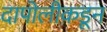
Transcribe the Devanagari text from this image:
दापोलीकडून